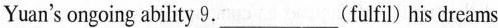
Yuan's ongoing ability 9.___(fulfil) his dreams